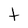
Character: t